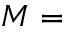
M =